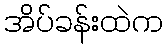
အိပ်ခန်းထဲက